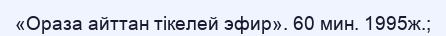
«Ораза айттан тікелей эфир». 60 мин. 1995ж.;